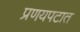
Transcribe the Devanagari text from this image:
प्रणयपटात